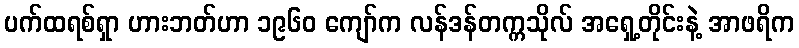
ပက်ထရစ်ရှာ ဟားဘတ်ဟာ ၁၉၆၀ ကျော်က လန်ဒန်တက္ကသိုလ် အရှေ့တိုင်းနဲ့ အာဖရိက